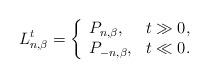
LaTeX: \begin{align*}L_{n, \beta}^t=\left\{ \begin{array}{ll}P_{n, \beta}, & t\gg 0, \\P_{-n, \beta}, & t \ll 0.\end{array}\right. \end{align*}